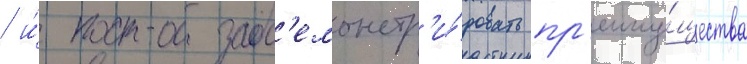
/ и́ прод'емонстр'и́ровать пр'еиму́щества